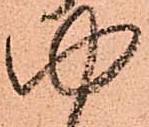
ゆ